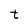
Character: t